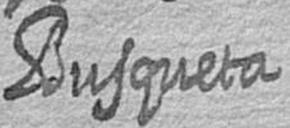
Busqueta